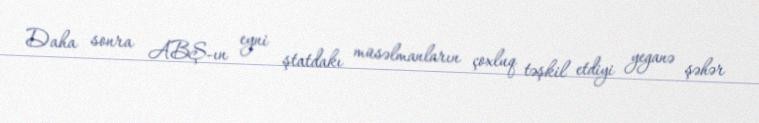
Daha sonra ABŞ-ın eyni ştatdakı müsəlmanların çoxluq təşkil etdiyi yeganə şəhər